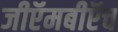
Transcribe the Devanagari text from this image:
जीऍमबीऍच